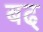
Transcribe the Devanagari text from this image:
बढ्